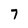
Character: 7